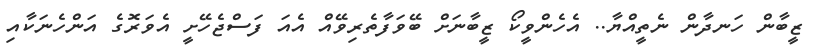
ޒީބާން ހަނދާން ނެތީއްޔާ.. އެހެންވީކޯ ޒީބާނަށް ބޭވަފާތެރިވޭއް އެއަ ފަސްޖެހޭށީ އެވަރޮގެ އަންހެނަކާއި